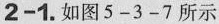
2-1.如图5-3-7所示